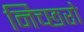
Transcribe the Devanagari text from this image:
निच्छरो